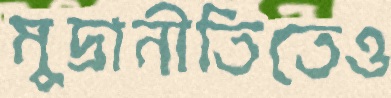
মুদ্রানীতিতেও